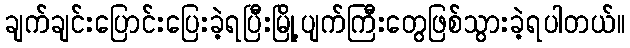
ချက်ချင်းပြောင်းပြေးခဲ့ရပြီးမြို့ပျက်ကြီးတွေဖြစ်သွားခဲ့ရပါတယ်။